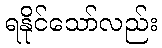
ရနိုင်သော်လည်း